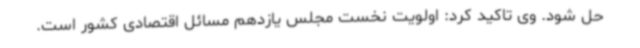
حل شود. وی تاکید کرد: اولویت نخست مجلس یازدهم مسائل اقتصادی کشور است.